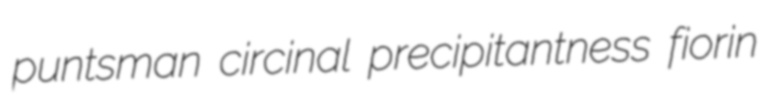
puntsman circinal precipitantness fiorin